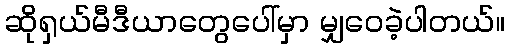
ဆိုရှယ်မီဒီယာတွေပေါ်မှာ မျှဝေခဲ့ပါတယ်။